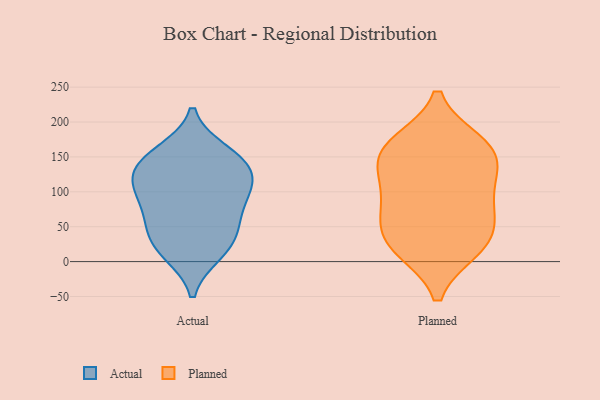
{"axis": {"x": "Population (Million)", "y": "Value"}, "legend": ["Actual", "Planned"], "data": [{"x": "", "y": 12, "type": "Actual"}, {"x": "", "y": 32, "type": "Actual"}, {"x": "", "y": 157, "type": "Actual"}, {"x": "", "y": 111, "type": "Actual"}, {"x": "", "y": 50, "type": "Actual"}, {"x": "", "y": 123, "type": "Actual"}, {"x": "", "y": 141, "type": "Actual"}, {"x": "", "y": 100, "type": "Actual"}, {"x": "", "y": 153, "type": "Actual"}, {"x": "", "y": 97, "type": "Actual"}, {"x": "", "y": 78, "type": "Actual"}, {"x": "", "y": 55, "type": "Actual"}, {"x": "", "y": 133, "type": "Actual"}, {"x": "", "y": 15, "type": "Actual"}, {"x": "", "y": 21, "type": "Planned"}, {"x": "", "y": 69, "type": "Planned"}, {"x": "", "y": 19, "type": "Planned"}, {"x": "", "y": 157, "type": "Planned"}, {"x": "", "y": 155, "type": "Planned"}, {"x": "", "y": 83, "type": "Planned"}, {"x": "", "y": 27, "type": "Planned"}, {"x": "", "y": 120, "type": "Planned"}, {"x": "", "y": 163, "type": "Planned"}, {"x": "", "y": 113, "type": "Planned"}, {"x": "", "y": 54, "type": "Planned"}, {"x": "", "y": 169, "type": "Planned"}]}